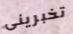
تخبرينى